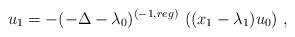
LaTeX: \begin{align*} u_{1} = - (-\Delta -\lambda_0)^{(-1,reg)}\, \left( (x_1-\lambda_{1}) u_0\right)\,,\end{align*}